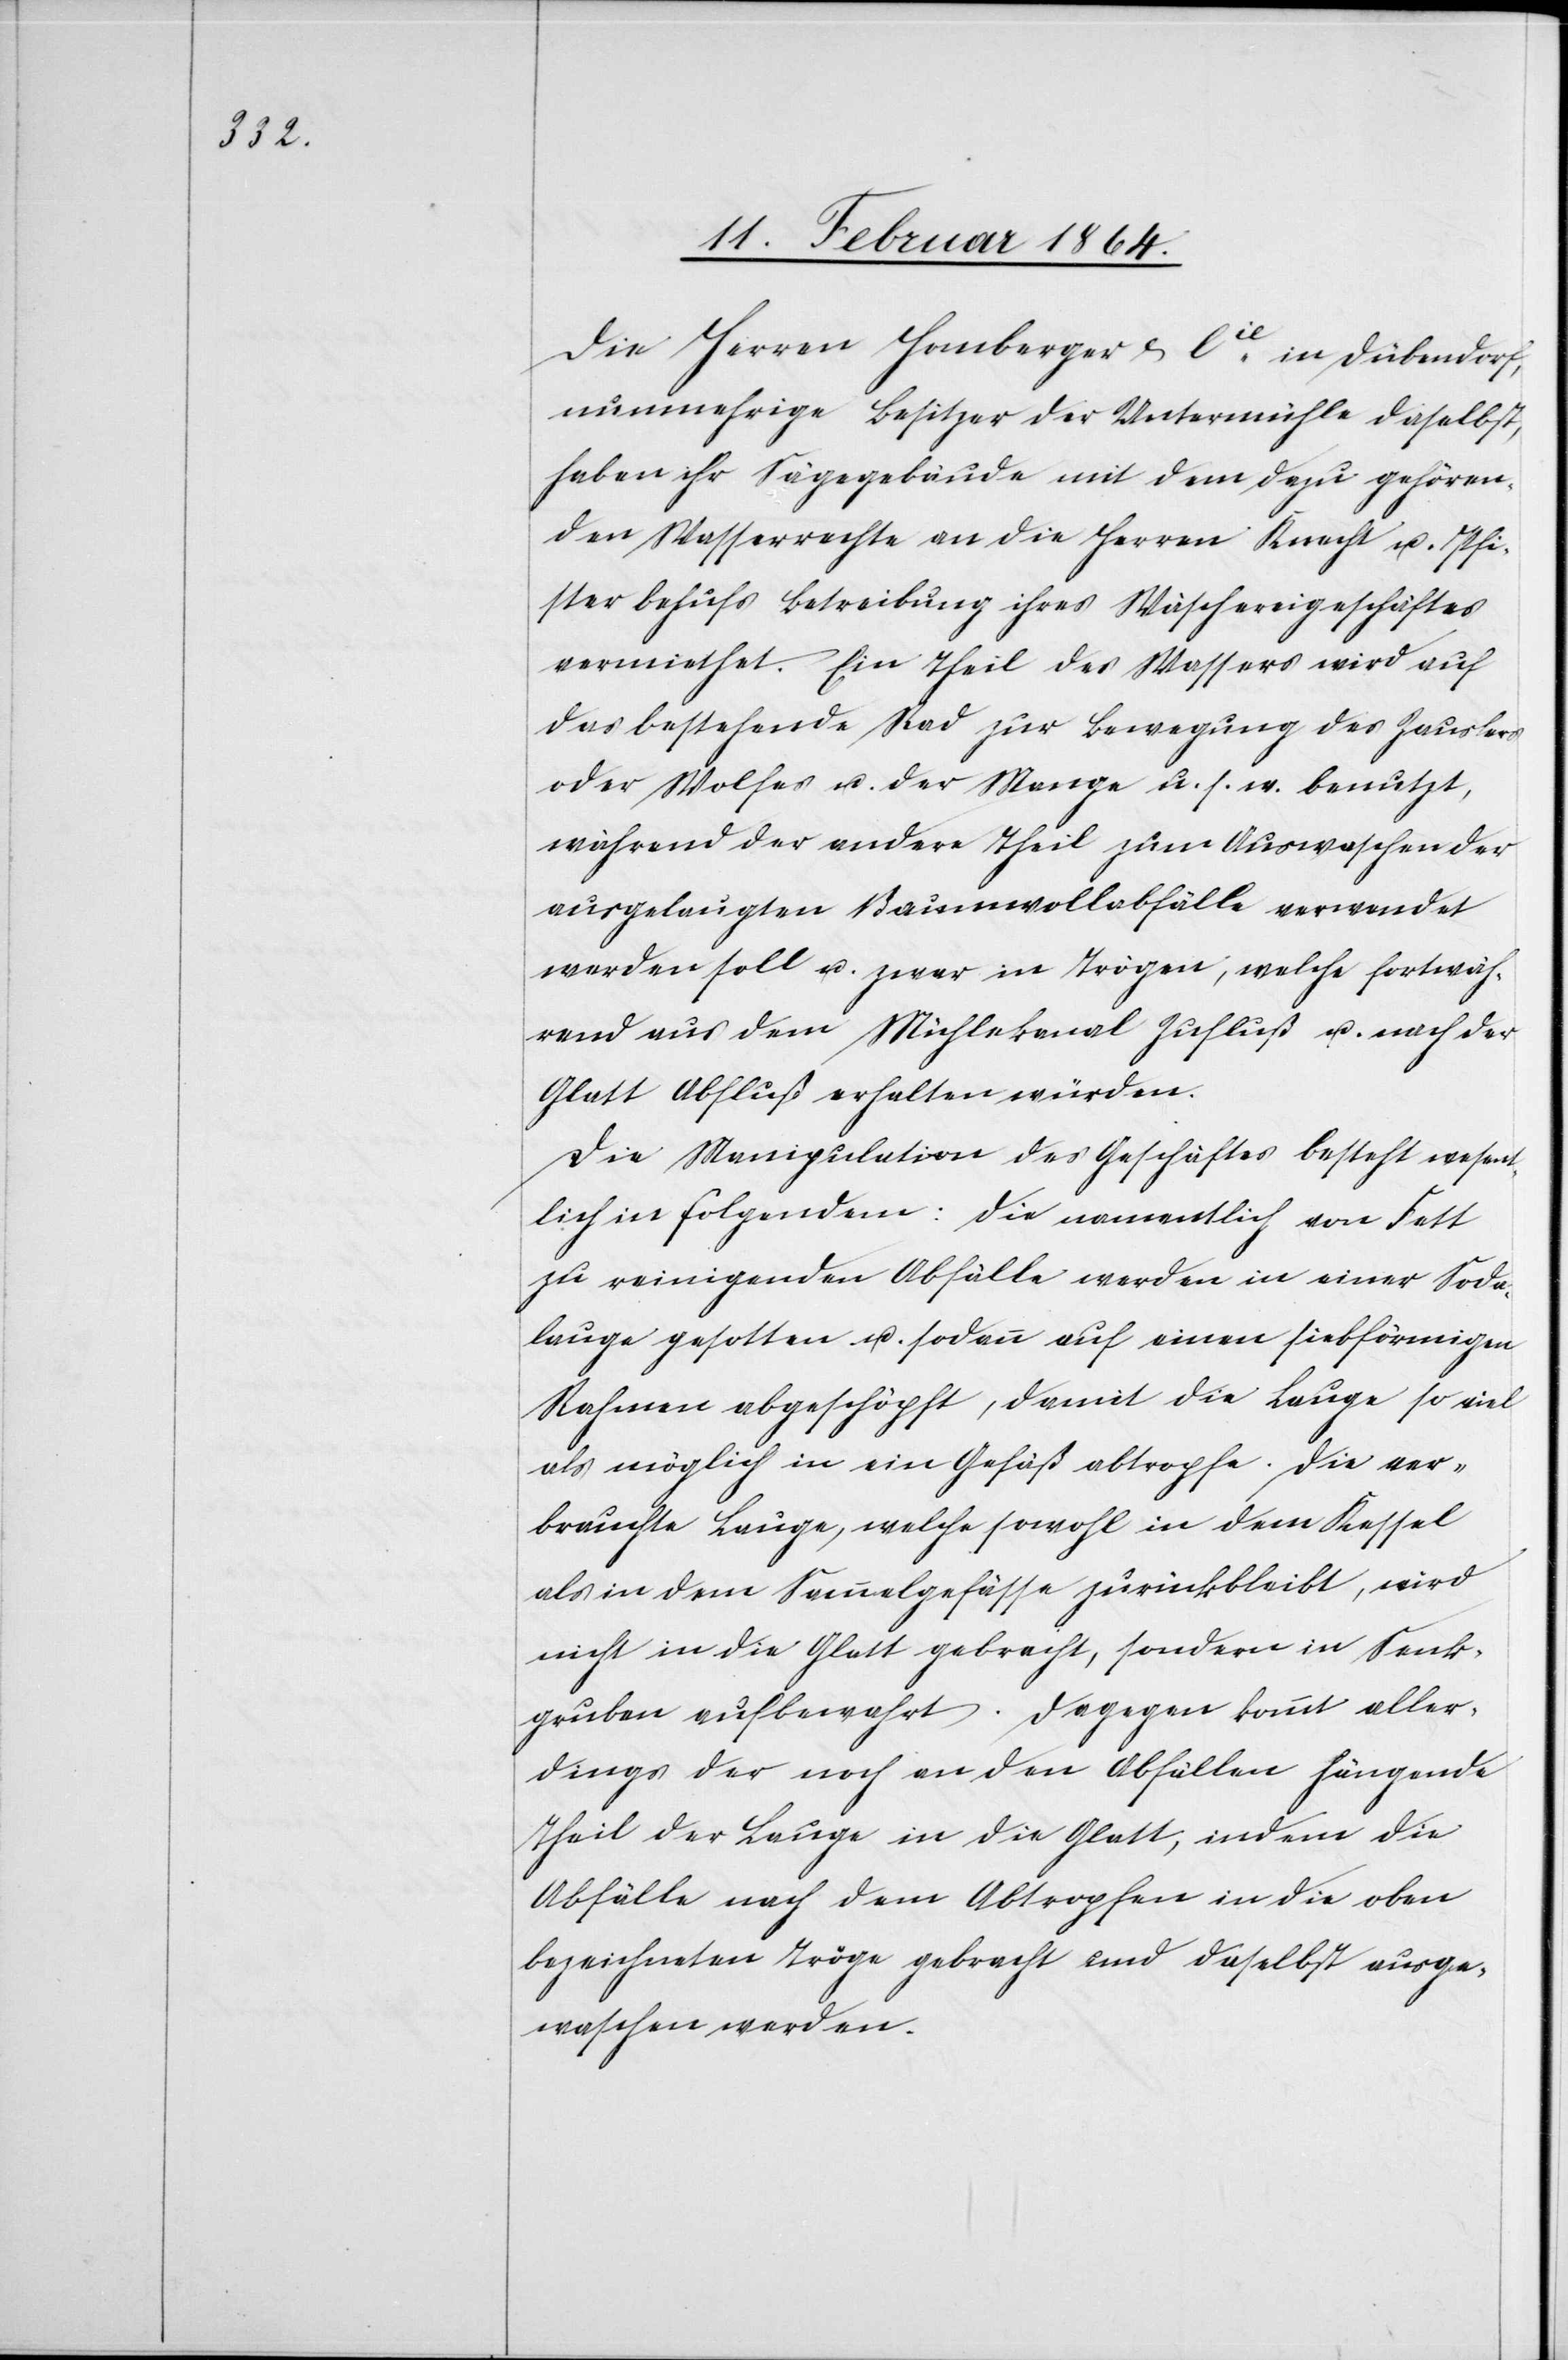
Die Herren Homberger & Cie in Dübendorf,
nunmehrige Besitzer der Untermühle daselbst,
haben ihr Sägegebäude mit dem dazu gehören¬
den Wasserrechte an die Herren Knecht u. Pfi¬
ster behufs Betreibung ihres Wäschereigeschäftes
vermiethet. Ein Theil des Wassers wird auf
das bestehende Rad zur Bewegung des Zauslers
oder Wolfes u. der Mange u. s. w. benutzt,
während der andere Theil zum Auswaschen der
ausgelaugten Baumwollabfälle verwendet
werden soll u. zwar in Trögen, welche fortwäh¬
rend aus dem Mühlekanal Zufluß u. nach der
Glatt Abfluß erhalten würden.
Die Manipulation des Geschäftes besteht wesen¬
tlich in folgendem: Die namentlich von Fett
zu reinigenden Abfälle werden in einer Soda¬
lauge gesotten u. sodann auf einen siebförmigen
Rahmen abgeschöpft, damit die Laufe so viel
als möglich in ein Gefäß abtropfe. Die ver¬
brauchte Lauge, welche sowohl in dem Kessel
als in dem Sammelgefässe zurückbleibt, wird
nicht in die Glatt gebracht, sondern in Senk¬
gruben aufbewahrt. Dagegen kommt aller¬
dings der noch an den Abfällen hängende
Theil der Lauge in die Glatt, indem die
Abfälle nach dem Abtropfen in die oben
bezeichneten Tröge gebracht und daselbst ausge¬
waschen werden.